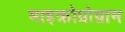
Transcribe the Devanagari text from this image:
माइक्रोप्रोग्राम